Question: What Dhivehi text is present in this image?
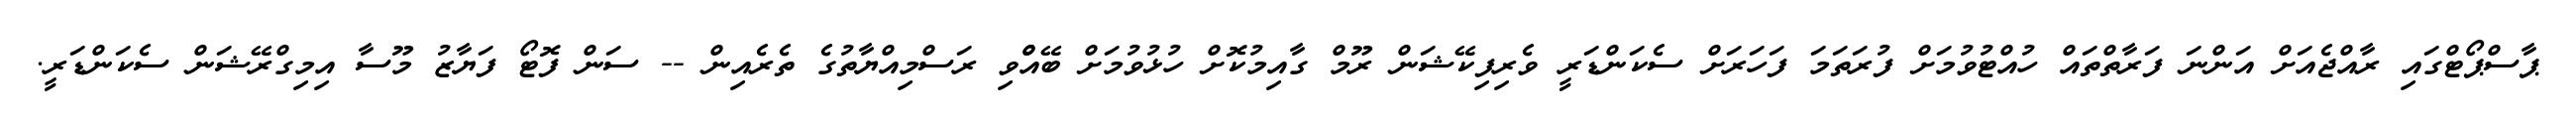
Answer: ޕާސްޕޯޓްގައި ރާއްޖެއަށް އަންނަ ފަރާތްތައް ހުއްޓުވުމަށް ފުރަތަމަ ފަހަރަށް ސެކަންޑަރީ ވެރިފިކޭޝަން ރޫމް ގާއިމުކޮށް ހުޅުވުމަށް ބޭއްްވި ރަސްމިއްޔާތުގެ ތެރެއިން -- ސަން ފޮޓޯ ފަޔާޒު މޫސާ އިމިގްރޭޝަން ސެކަންޑަރީ.